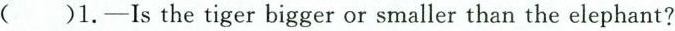
()1.-Is the tiger bigger or smaller than the elephant?